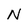
Character: N